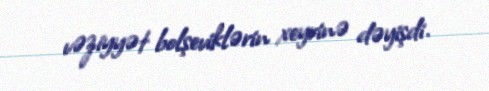
vəziyyət bolşeviklərin xeyrinə dəyişdi.